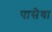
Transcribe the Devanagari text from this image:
पासेया